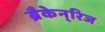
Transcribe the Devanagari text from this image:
ब्रैकेन्‌रिज